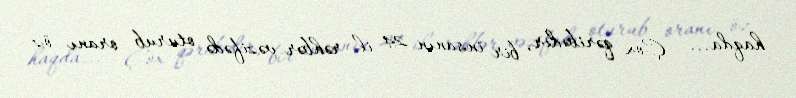
haqda... - Çox qəribədir, bir insanın 24 il rəhbər vəzifədə oturub oranı öz